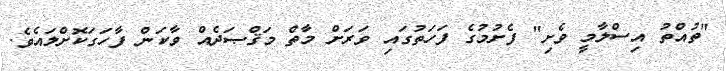
"ތުއްތު އިސްލާމީ ވެށި" ފެށުމުގެ ފަހަތުގައި ވަރަށް މާތް މަޤްޞަދެއް ވާކަން ފާހަގަކޮށްލައެވެ.